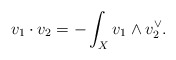
\begin{align*}v_1\cdot v_2=-\int_X v_1\wedge v_2^\vee.\end{align*}